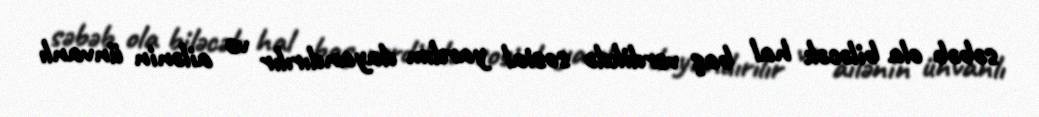
səbəb ola biləcək hal baş verdikdə sosial yardım dayandırılır və ailənin ünvanlı